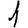
Digit: 1